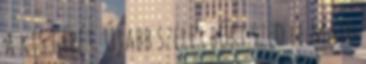
a kis gépét. Újabb szelet bőrt szed le majd